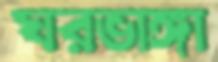
ঘরভাঙ্গা